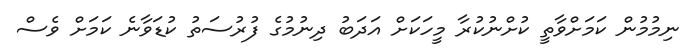
ނިމުމުން ކަމަށްވާތީ ކުށްނުކުރާ މީހަކަށް އަދަބު ދިނުމުގެ ފުރުސަތު ކުޑަވާނެ ކަމަށް ވެސް